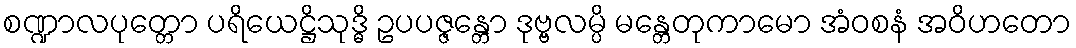
စဏ္ဍာလပုတ္တော ပရိယေဋ္ဌိသုဒ္ဓိ ဥပပဇ္ဇန္တော ဒုဗ္ဗလမ္ပိ မန္တေတုကာမော အံဝစနံ အဝိဟတော